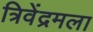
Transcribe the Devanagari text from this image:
त्रिवेंद्रमला